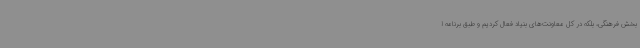
بخش فرهنگی، بلکه در کل معاونت‌های بنیاد فعال کردیم و طبق برنامه ا